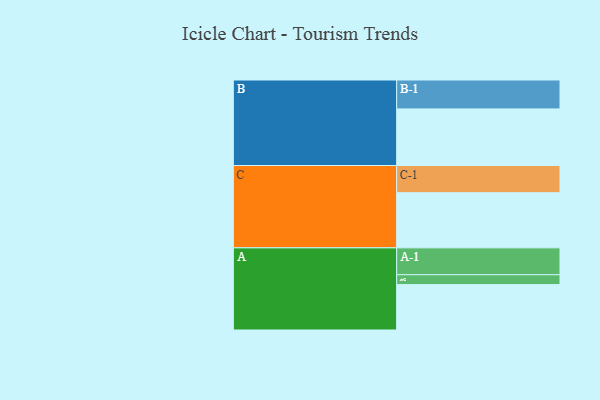
{"axis": {"x": "Segment", "y": "Value"}, "legend": ["", "A", "B", "C"], "data": [{"x": "A", "y": 446, "type": ""}, {"x": "B", "y": 556, "type": ""}, {"x": "C", "y": 542, "type": ""}, {"x": "A-1", "y": 264, "type": "A"}, {"x": "A-2", "y": 97, "type": "A"}, {"x": "B-1", "y": 284, "type": "B"}, {"x": "C-1", "y": 267, "type": "C"}]}